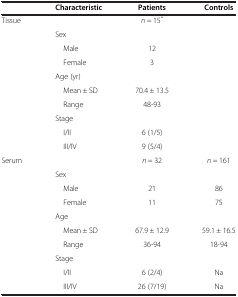
|  | Characteristic | Patients | Controls |
 | --- | --- | --- | --- |
 | Tissue |  | n = 15* |  |
 |  | Sex |  |  |
 |  | Male | 12 |  |
 |  | Female | 3 |  |
 |  | Age (yr) |  |  |
 |  | Mean ± SD | 70.4 ± 13.5 |  |
 |  | Range | 48-93 |  |
 |  | Stage |  |  |
 |  | I/II | 6 (1/5) |  |
 |  | III/IV | 9 (5/4) |  |
 | Serum |  | n = 32 | n = 161 |
 |  | Sex |  |  |
 |  | Male | 21 | 86 |
 |  | Female | 11 | 75 |
 |  | Age |  |  |
 |  | Mean ± SD | 67.9 ± 12.9 | 59.1 ± 16.5 |
 |  | Range | 36-94 | 18-94 |
 |  | Stage |  |  |
 |  | I/II | 6 (2/4) | Na |
 |  | III/IV | 26 (7/19) | Na |